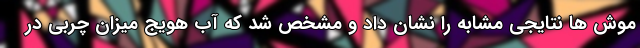
موش ها نتایجی مشابه را نشان داد و مشخص شد که آب هویج میزان چربی در